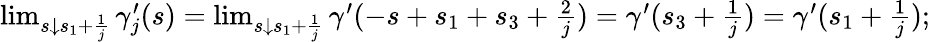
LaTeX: \begin{array}{r}{\operatorname*{lim}_{s\downarrow s_{1}+\frac{1}{j}}\gamma_{j}^{\prime}(s)=\operatorname*{lim}_{s\downarrow s_{1}+\frac{1}{j}}\gamma^{\prime}(-s+s_{1}+s_{3}+\frac{2}{j})=\gamma^{\prime}(s_{3}+\frac{1}{j})=\gamma^{\prime}(s_{1}+\frac{1}{j});}\end{array}